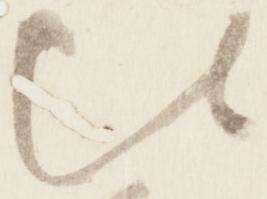
比